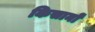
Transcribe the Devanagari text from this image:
किसानोंं